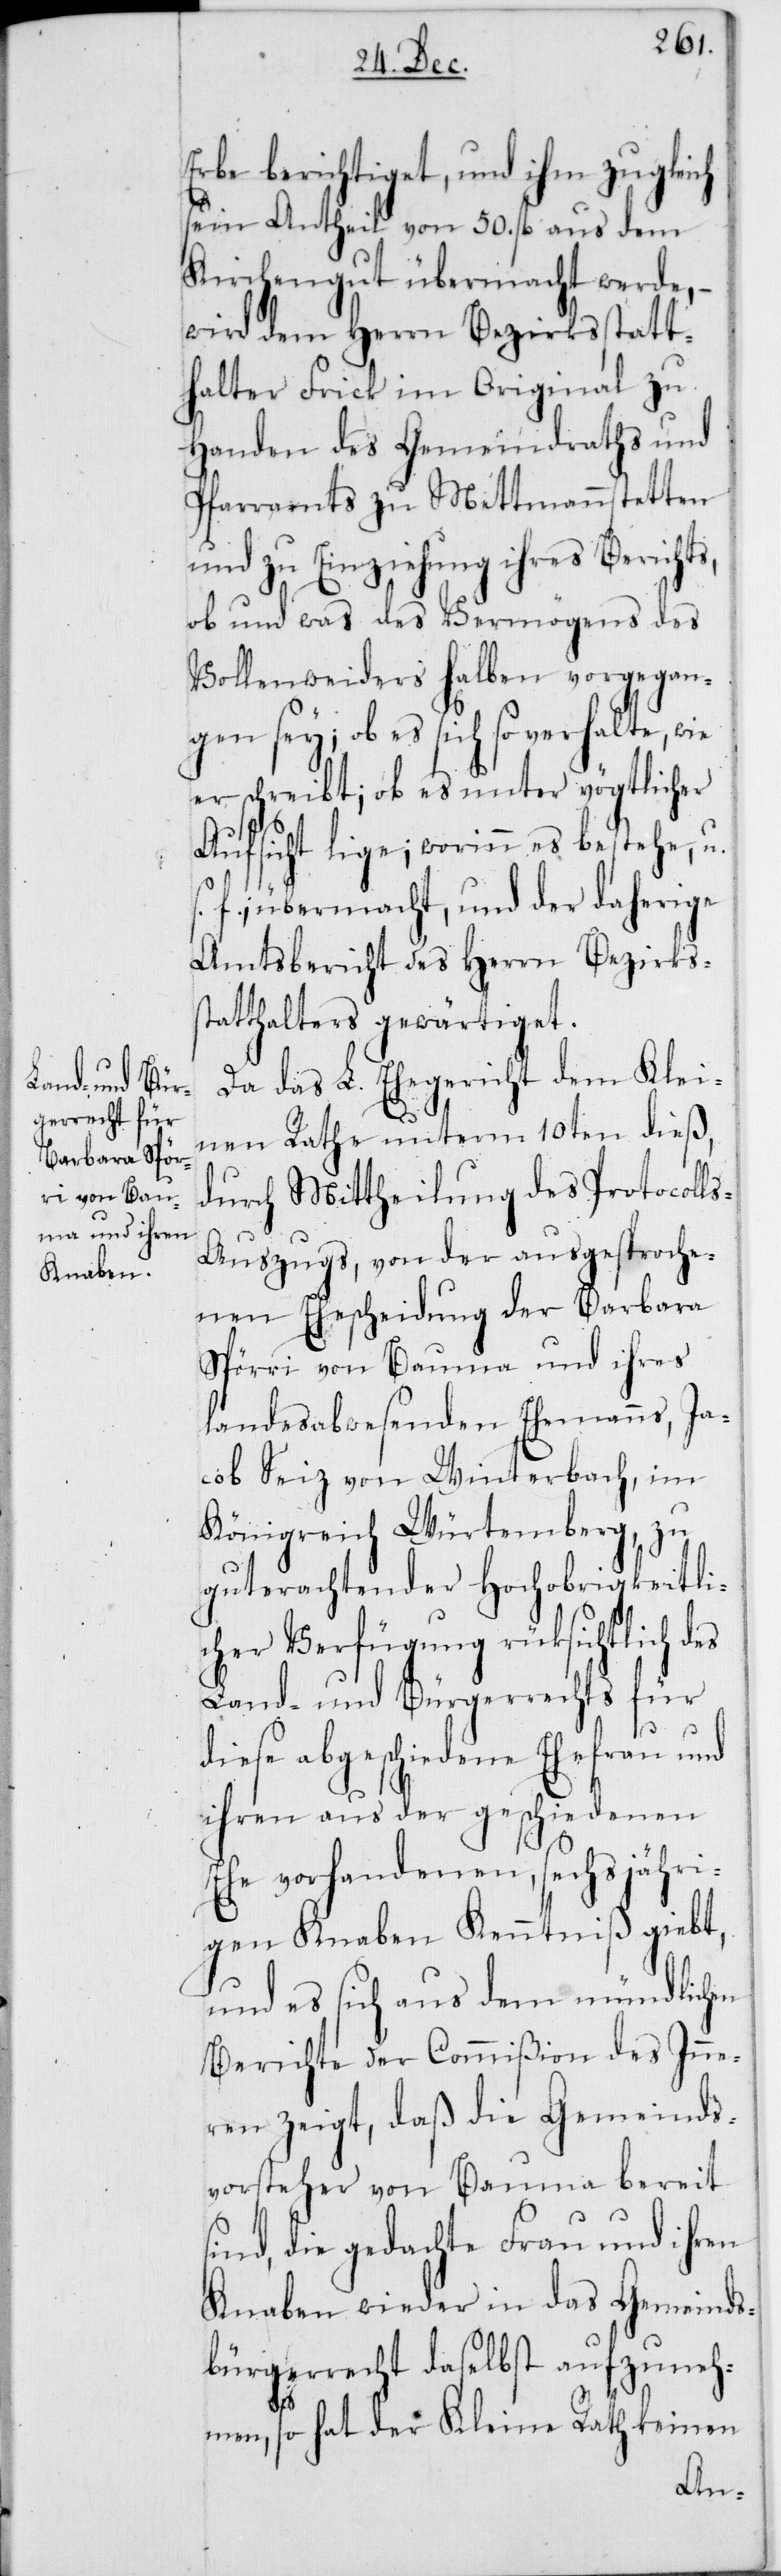
Erbe berichtiget, und ihm zugleich
sein Antheil von 50. fl. aus dem
Kirchengut übermacht werde, –
wird dem Herrn Bezirksstatt¬
halter Frick im Original zu
Handen des Gemeindraths und
Pfarramts zu Mettmannstetten
und zu Einziehung ihres Berichts,
ob und was des Vermögens des
Vollenweiders halben vorgegan¬
gen sey; ob es sich so verhalte, wie
er schreibt; ob es unter vögtlicher
Aufsicht lige; worinn es bestehe, u.
f.; übermacht, und der daherige
Amtsbericht des Herrn Bezirkss¬
tatthalters gewärtiget.
Da das L. Ehegericht dem Klei¬
nen Rathe unterm 10ten dieß,
durch Mittheilung des Protocoll¬
s-Auszugs, von der ausgesproche¬
nen Ehescheidung der Barbara
Spörri von Bauma und ihres
landesabwesenden Ehemanns, Ja¬
cob Seiz von Winterbrach, im
Königreich Würtemberg, zu
guterachtender Hochobrigkeitli¬
cher Verfügung rücksichtlich des
Land- und Bürgerrechts für
diese abgeschiedene Ehefrau und
ihren aus der geschiedenen
Ehe vorhandenen, sechsjähri¬
gen Knaben Kenntniß giebt,
und es sich aus dem mündlichen
Berichte der Commißion des Inne¬
ren zeigt, daß die Gemeinds¬
vorsteher von Bauma bereit
sind, die gedachte Frau und ihren
Knaben wieder in das Gemeinds¬
bürgerrecht daselbst aufzuneh¬
men, so hat der Kleine Rath keinen